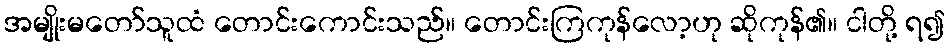
အမျိုးမတော်သူထံ တောင်းကောင်းသည်။ တောင်းကြကုန်လော့ဟု ဆိုကုန်၏။ ငါတို့ ရ၍